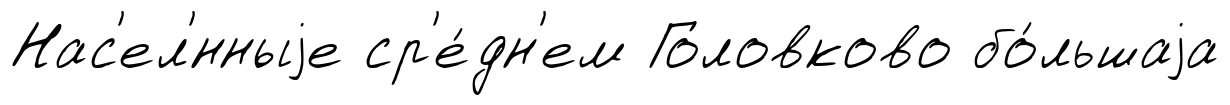
Нас'ел'́нныjе ср'е́дн'ем Головково бо́льшаjа